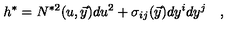
h ^ { \ast } = N ^ { \ast 2 } ( u , { \vec { y } } ) d u ^ { 2 } + \sigma _ { i j } ( \vec { y } ) d y ^ { i } d y ^ { j } \quad ,